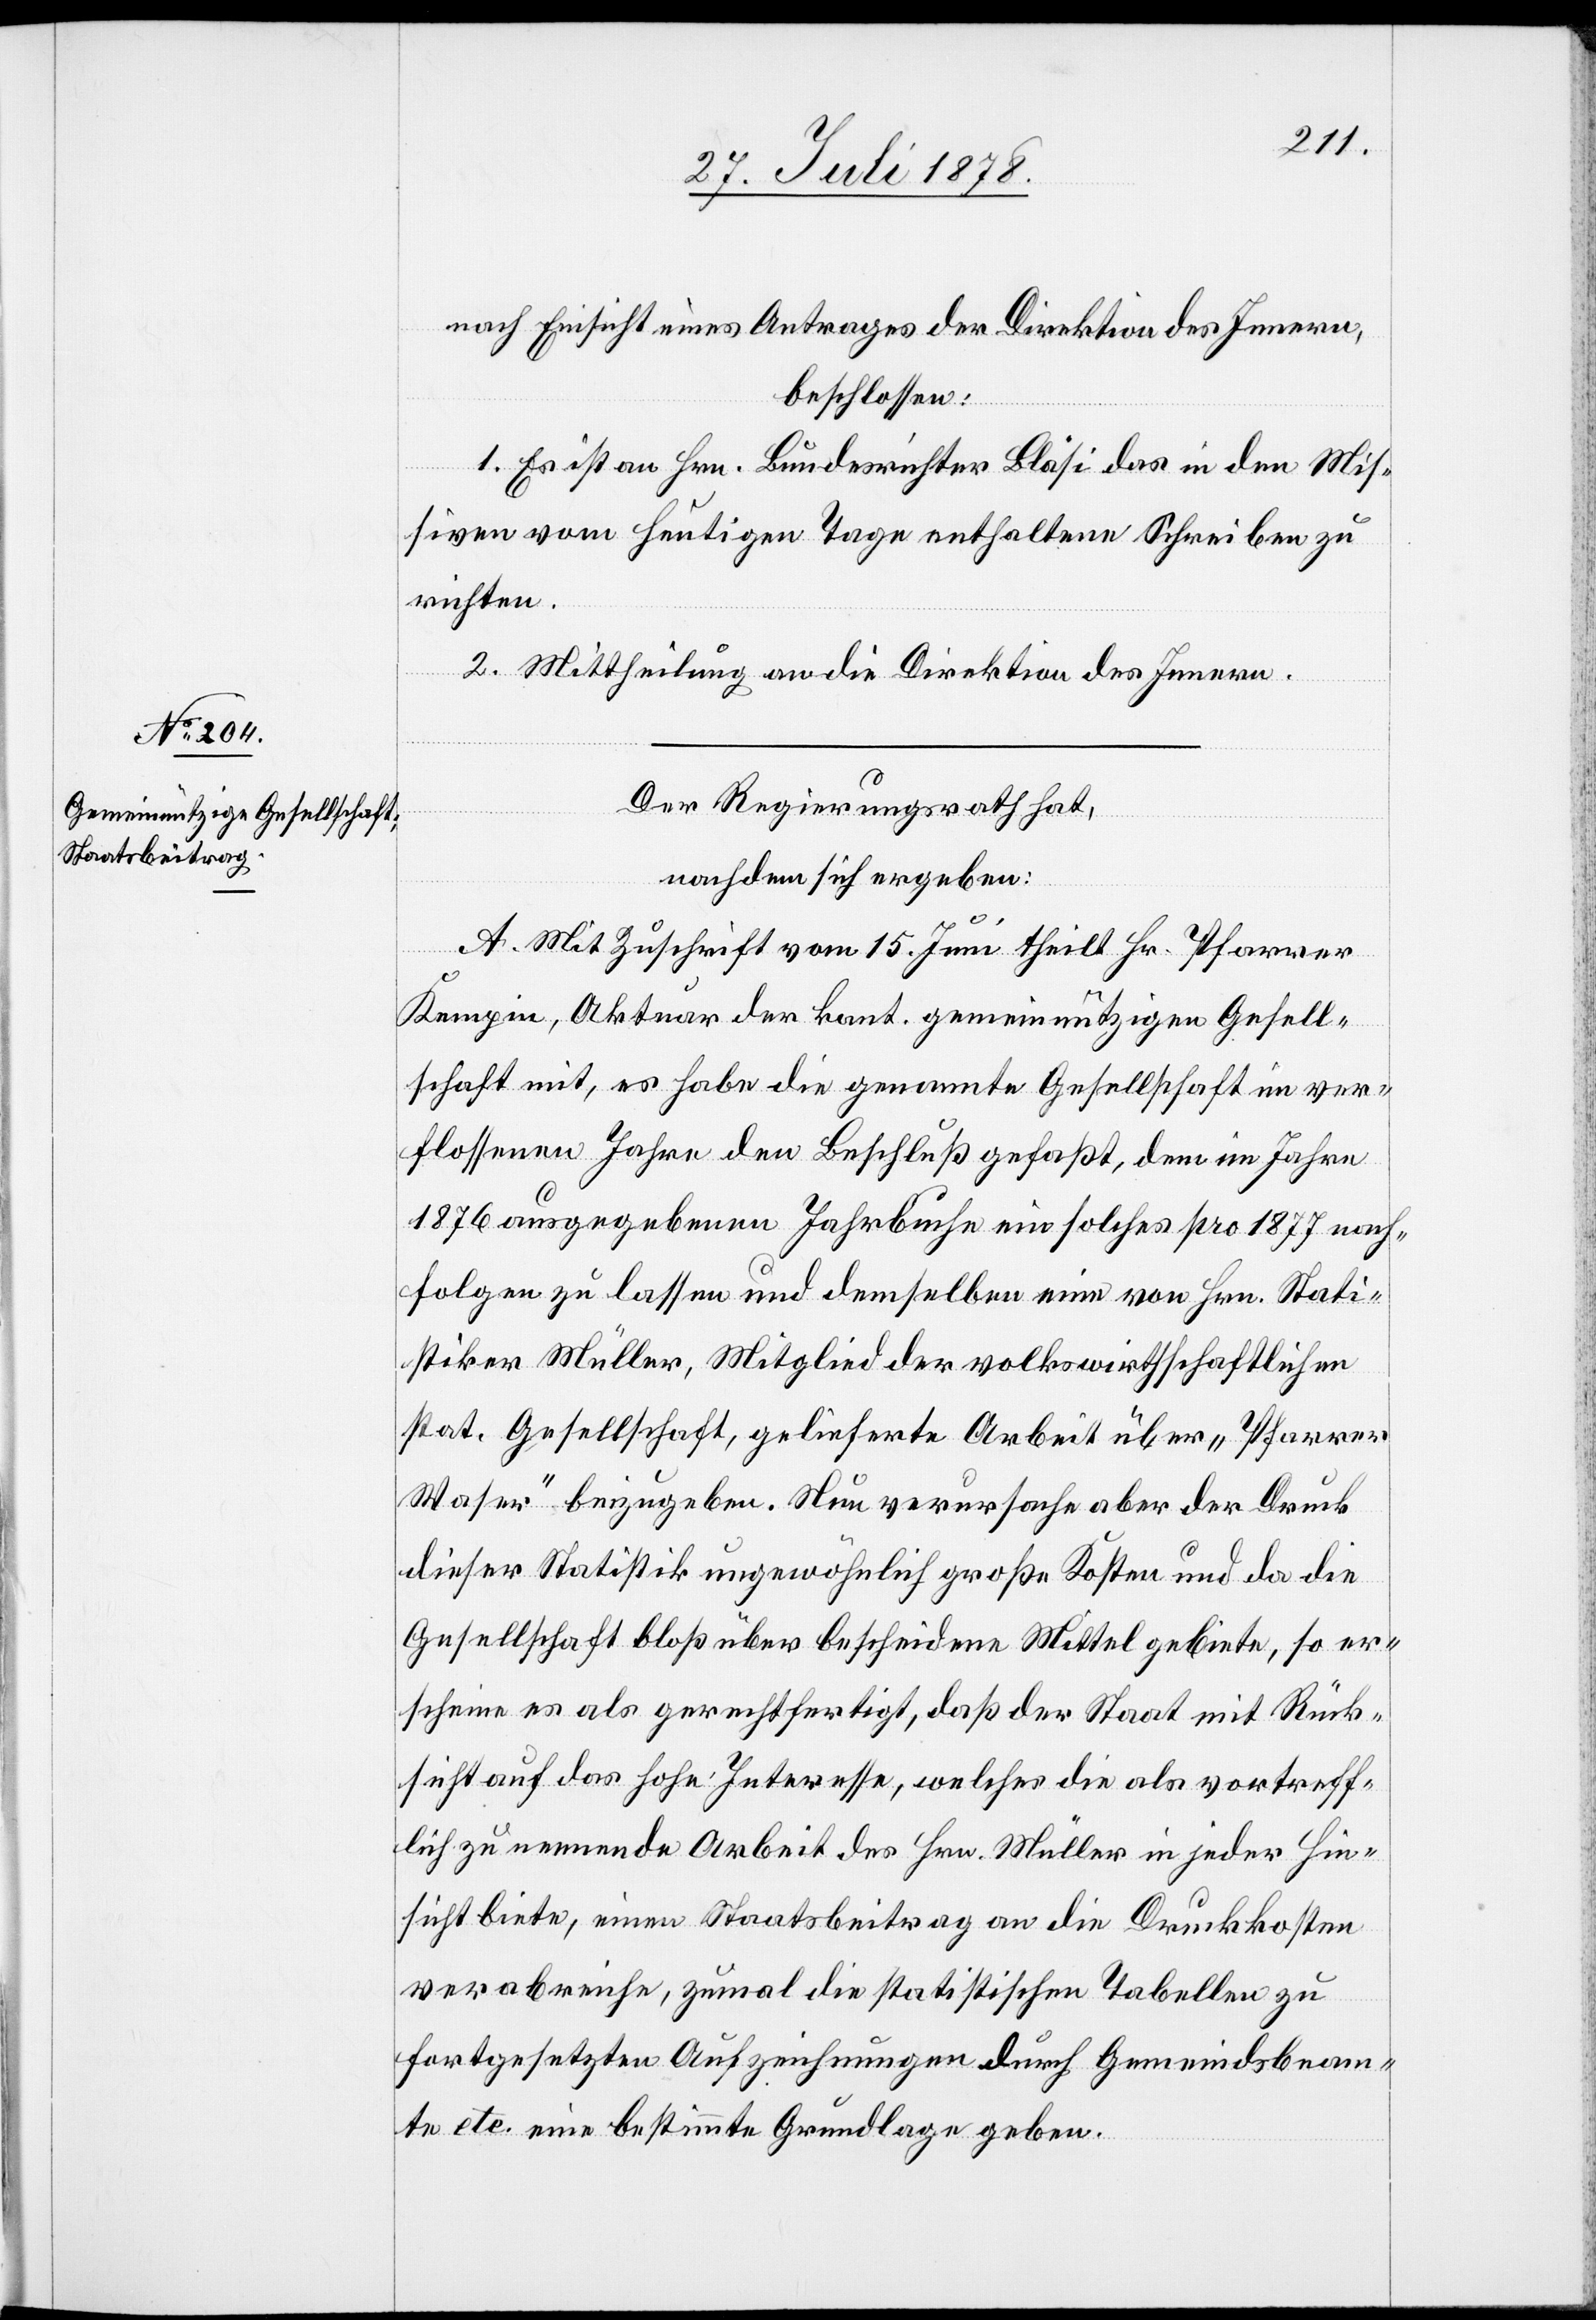
nach Einsicht eines Antrages der Direktion des Innern,
beschlossen:
1. Es ist an Hrn. Bundesrichter Bläsi das in den Mis¬
siven vom heutigen Tage enthaltene Schreiben zu
richten.
2. Mittheilung an die Direktion des Innern.
Der Regierungsrath hat
nachdem sich ergeben:
A. Mit Zuschrift vom 15. Juni theilt Hr. Pfarrer
Kempin, Aktuar der kant. gemeinnützigen Gesell¬
schaft mit, es habe die genannte Gesellschaft im ver¬
flossenen Jahre den Beschluß gefaßt, dem im Jahre
1876 ausgegebenen Jahrbuche ein solches pro 1877 nach¬
folgen zu lassen und demselben eine von Hrn. Stati¬
stiker Müller, Mitglied der volkswirthschaftlichen
stat. Gesellschaft, gelieferte Arbeit über „Pfarrer
Waser“ beizugeben. Nun verursache aber der Druck
dieser Statistik ungewöhnlich große Kosten und da die
Gesellschaft bloß über bescheidene Mittel gebiete, so er¬
scheine es als gerechtfertigt, daß der Staat mit Rück¬
sicht auf das hohe Interesse, welches die als vortreff¬
lich zu nennende Arbeit des Hrn. Müller in jeder Hin¬
sicht biete, einen Staatsbeitrag an die Druckkosten
verabreiche, zumal die statistischen Tabellen zu
fortgesetzten Aufzeichnungen durch Gemeindsbeam¬
te etc. eine bestimmte Grundlage geben.